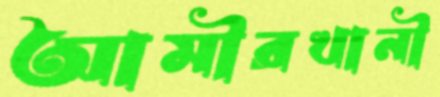
আমীরখানী